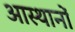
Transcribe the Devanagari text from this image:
आस्थानों